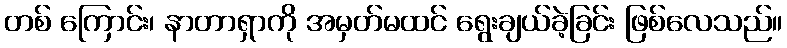
တစ် ကြောင်း၊ နာတာရှာကို အမှတ်မထင် ရွေးချယ်ခဲ့ခြင်း ဖြစ်လေသည်။